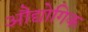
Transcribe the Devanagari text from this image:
अौद्योगिक